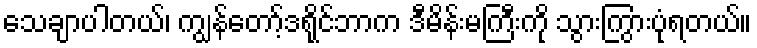
သေချာပါတယ်၊ ကျွန်တော့်ဒရိုင်ဘာက ဒီမိန်းမကြီးကို သွားကြွားပုံရတယ်။